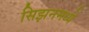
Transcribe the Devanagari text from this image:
सिझनमध्ये